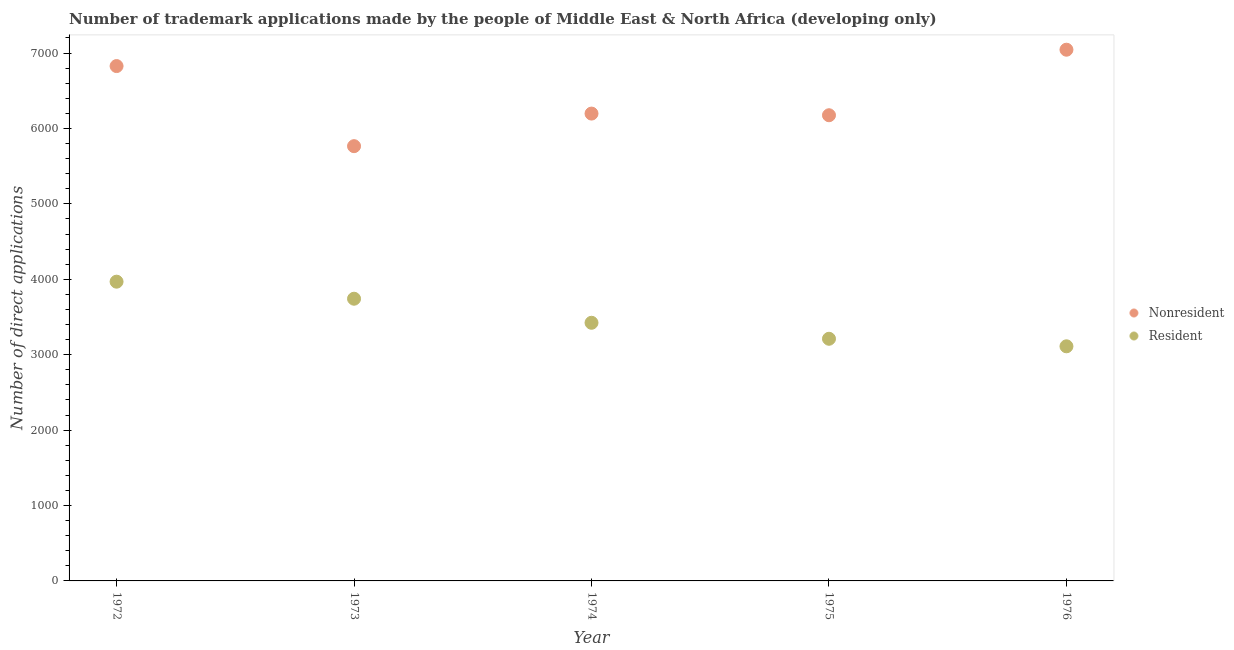
| Year | Nonresident | Resident |
 | --- | --- | --- |
 | 1972 | 6.83e+03 | 3.97e+03 |
 | 1973 | 5.76e+03 | 3.74e+03 |
 | 1974 | 6.2e+03 | 3.42e+03 |
 | 1975 | 6.18e+03 | 3.21e+03 |
 | 1976 | 7.04e+03 | 3.11e+03 |